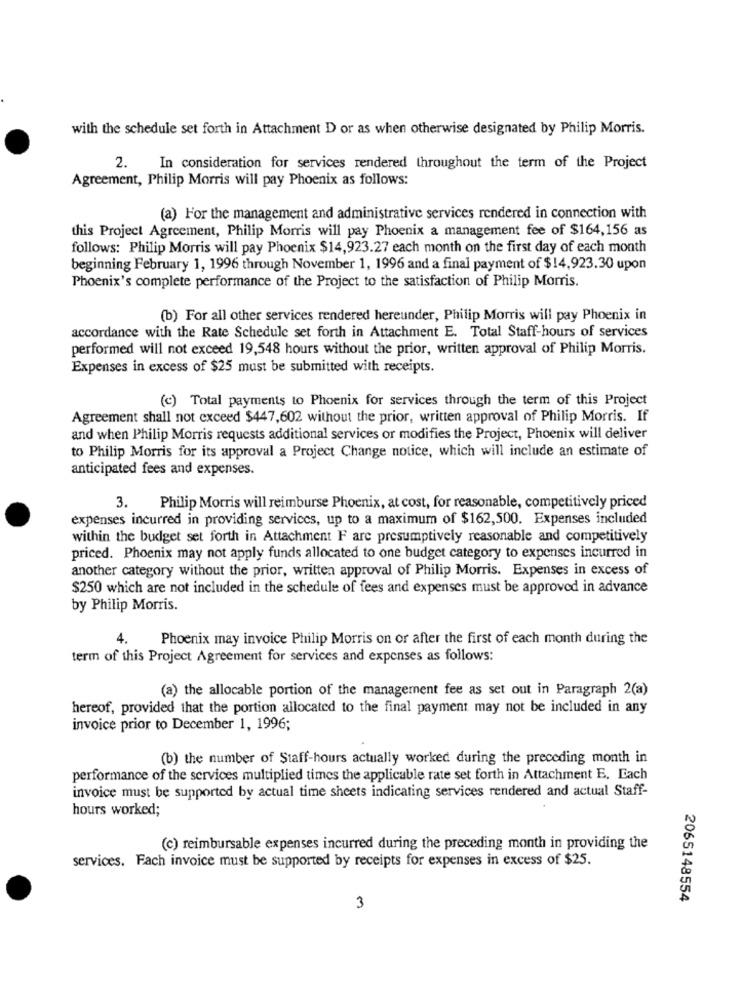
with the schedule set forth in Attachment D or as when otherwise designated by Philip Morris.
2.
In consideration for services rendered throughout the term of the Project
Agreement, Philip Morris will pay Phoenix as follows:
(a) For the management and administrative services rendered in connection with
this Project Agreement, Philip Morris will pay Phoenix a management fee of $164,156 as
follows: Philip Morris will pay Phoenix $14,923.27 each month on the first day of each month
beginning February 1, 1996 through November 1, 1996 and a final payment of $14,923.30 upon
Phoenix's complete performance of the Project to the satisfaction of Philip Morris.
(b) For all other services rendered hereunder, Philip Morris will pay Phoenix in
accordance with the Rate Schedule set forth in Attachment E. Total Staff-hours of services
performed will not exceed 19,548 hours without the prior, written approval of Philip Morris.
Expenses in excess of $25 must be submitted with receipts.
(c) Total payments to Phoenix for services through the term of this Project
Agreement shall not exceed $447,602 without the prior, written approval of Philip Morris. If
and when Philip Morris requests additional services or modifies the Project, Phoenix will deliver
to Philip Morris for its approval a Project Change notice, which will include an estimate of
anticipated fees and expenses.
3.
Philip Morris will reimburse Phoenix, at cost, for reasonable, competitively priced
expenses incurred in providing services, up to a maximum of $162,500. Expenses included
within the budget set forth in Attachment F are presumptively reasonable and competitively
priced. Phoenix may not apply funds allocated to one budget category to expenses incurred in
another category without the prior, written approval of Philip Morris. Expenses in excess of
$250 which are not included in the schedule of fees and expenses must be approved in advance
by Philip Morris.
4.
Phoenix may invoice Philip Morris on or after the first of each month during the
term of this Project Agreement for services and expenses as follows:
(a) the allocable portion of the management fee as set out in Paragraph 2(a)
hereof, provided that the portion allocated to the final payment may not be included in any
invoice prior to December 1, 1996;
(b) the number of Staff-hours actually worked during the preceding month in
performance of the services multiplied times the applicable rate set forth in Attachment E. Each
invoice must be supported by actual time sheets indicating services rendered and actual Staff-
hours worked;
(c) reimbursable expenses incurred during the preceding month in providing the
services. Fach invoice must be supported by receipts for expenses in excess of $25.
2065148554
3